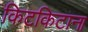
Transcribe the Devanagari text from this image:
किटकिटाना